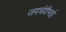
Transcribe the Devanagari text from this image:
जयचंदीभाई